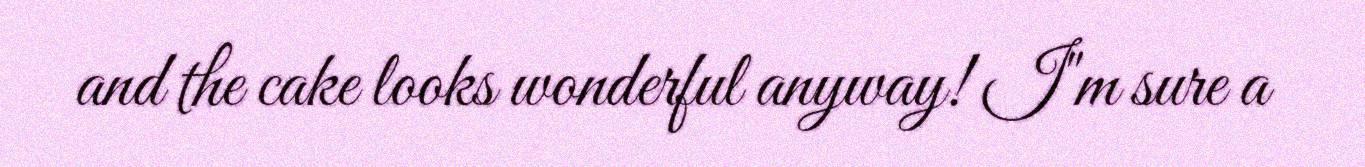
and the cake looks wonderful anyway! I"m sure a